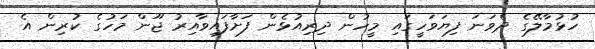
ހުޅުމާލޭގެ ދެވަނަ ފިޔަވަހީގައި މީހުން ދިރިއުޅެން ފަށާފައިވާއިރު ޖޫން މަހުގެ ކުރިން އެ